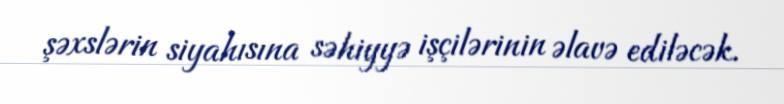
şəxslərin siyahısına səhiyyə işçilərinin əlavə ediləcək.